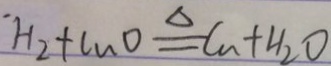
H _ { 2 } + C u O \xlongequal { \Delta } C u + H _ { 2 } O